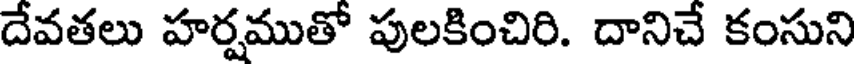
దేవతలు హర్షముతో పులకించిరి. దానిచే కంసుని